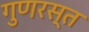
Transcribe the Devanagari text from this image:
गुणरस्त